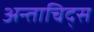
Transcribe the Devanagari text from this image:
अन्ताचिद्स